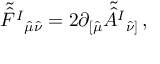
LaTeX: \tilde { \hat { F } ^ { I } } { } _ { \hat { \mu } \hat { \nu } } = 2 \partial _ { [ \hat { \mu } } \tilde { \hat { A } ^ { I } } { } _ { \hat { \nu } ] } \, ,